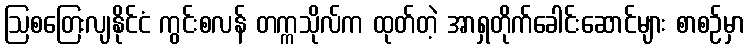
ဩစတြေးလျနိုင်ငံ ကွင်းစလန် တက္ကသိုလ်က ထုတ်တဲ့ အာရှတိုက်ခေါင်းဆောင်များ စာစဉ်မှာ